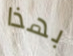
بهذا